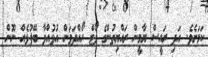
ކަމަށެވެ. އަދި ރައީސް ޔާމީން ރައްޔިތުންގެ ވޯޓް ހޯއްދަވަން އުޅުއްވާ ބޭފުޅެއް ނޫން